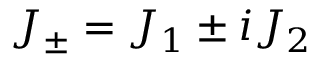
J _ { \pm } = J _ { 1 } \pm i J _ { 2 }